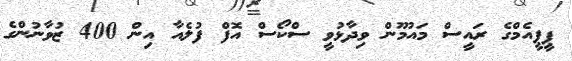
ޕީޕީއެމްގެ ރައީސް މައުމޫން ވިދާޅުވީ ސްކޯސް އޮފް ފުލެއާ އިން 400 ޒުވާނުންގެ